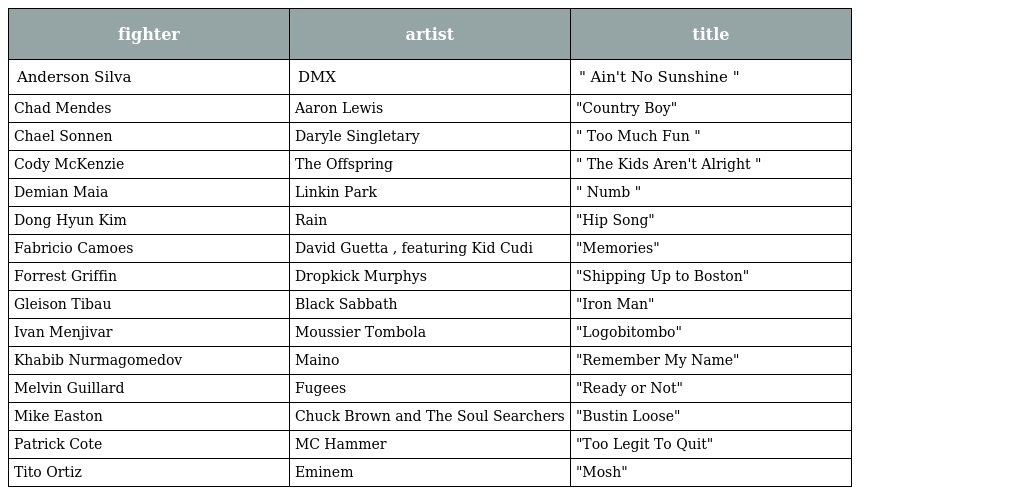
| fighter | artist | title |
 | --- | --- | --- |
 | Anderson Silva | DMX | " Ain't No Sunshine " |
 | Chad Mendes | Aaron Lewis | "Country Boy" |
 | Chael Sonnen | Daryle Singletary | " Too Much Fun " |
 | Cody McKenzie | The Offspring | " The Kids Aren't Alright " |
 | Demian Maia | Linkin Park | " Numb " |
 | Dong Hyun Kim | Rain | "Hip Song" |
 | Fabricio Camoes | David Guetta , featuring Kid Cudi | "Memories" |
 | Forrest Griffin | Dropkick Murphys | "Shipping Up to Boston" |
 | Gleison Tibau | Black Sabbath | "Iron Man" |
 | Ivan Menjivar | Moussier Tombola | "Logobitombo" |
 | Khabib Nurmagomedov | Maino | "Remember My Name" |
 | Melvin Guillard | Fugees | "Ready or Not" |
 | Mike Easton | Chuck Brown and The Soul Searchers | "Bustin Loose" |
 | Patrick Cote | MC Hammer | "Too Legit To Quit" |
 | Tito Ortiz | Eminem | "Mosh" |